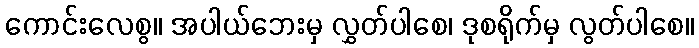
ကောင်းလေစွ။ အပါယ်ဘေးမှ လွှတ်ပါစေ၊ ဒုစရိုက်မှ လွတ်ပါစေ။